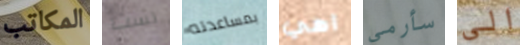
المكاتب لست بمساعدته اهي سأرمي الى